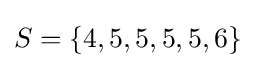
S=\{4,5,5,5,5,6\}